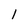
Character: l